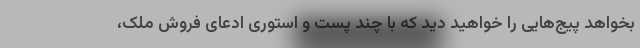
بخواهد پیج‌هایی را خواهید دید که با چند پست و استوری ادعای فروش ملک،